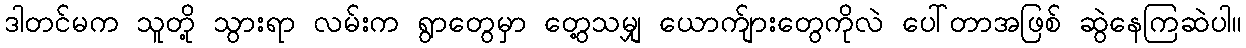
ဒါတင်မက သူတို့ သွားရာ လမ်းက ရွာတွေမှာ တွေ့သမျှ ယောက်ျားတွေကိုလဲ ပေါ်တာအဖြစ် ဆွဲနေကြဆဲပါ။